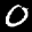
Label: 0